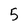
Character: 5